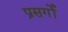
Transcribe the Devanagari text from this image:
प्रसर्गों